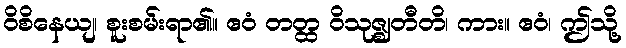
ဝိစိနေယျ၊ စူးစမ်းရာ၏။ ဧဝံ တတ္ထ ဝိသုဇ္ဈတီတိ၊ ကား။ ဧဝံ၊ ဤသို့